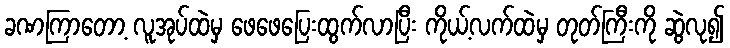
ခဏကြာတော့ လူအုပ်ထဲမှ ဖေဖေပြေးထွက်လာပြီး ကိုယ့်လက်ထဲမှ တုတ်ကြီးကို ဆွဲလု၍